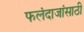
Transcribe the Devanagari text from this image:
फलंदाजांसाठी